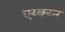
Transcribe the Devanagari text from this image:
एय्क्य्न